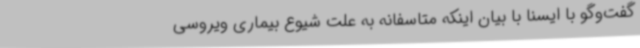
گفت‌وگو با ایسنا با بیان اینکه متاسفانه به علت شیوع بیماری ویروسی